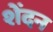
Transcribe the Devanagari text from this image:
शेंदन